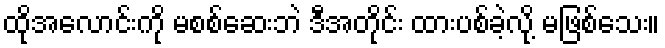
ထိုအလောင်းကို မစစ်ဆေးဘဲ ဒီအတိုင်း ထားပစ်ခဲ့လို့ မဖြစ်သေး။